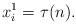
LaTeX: \begin{align*} x_i^1=\tau(n).\end{align*}